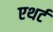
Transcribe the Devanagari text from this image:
एथर्ट